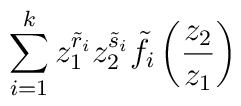
\sum_{i=1}^{k}z_{1}^{\tilde{r}_{i}}z_{2}^{\tilde{s}_{i}}\tilde{f}_{i}\left(\frac{z_{2}}{z_{1}}\right)